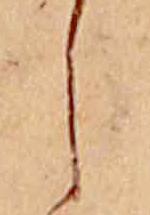
し